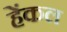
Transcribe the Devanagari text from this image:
हेंकल